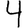
Digit: 4